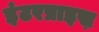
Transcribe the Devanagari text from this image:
इंटरप्राइस़